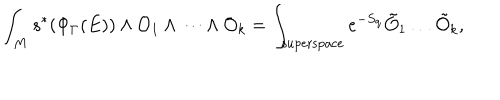
\int _ { M } s ^ { * } ( \Phi _ { \Gamma } ( E ) ) \wedge { \cal O } _ { 1 } \wedge \dots \wedge { \cal O } _ { k } = \int _ { \mathrm { s u p e r s p a c e } } e ^ { - S _ { \mathrm { q } } } \tilde { { \cal O } } _ { 1 } \dots \tilde { { \cal O } } _ { k } ,